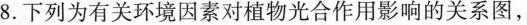
8.下列为有关环境因素对植物光合作用影响的关系图，